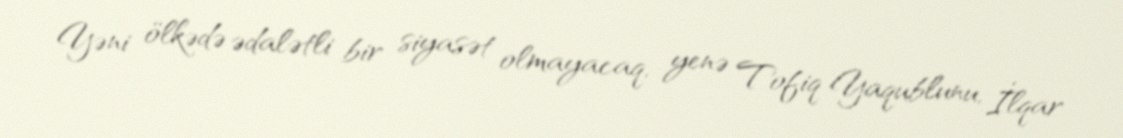
Yəni ölkədə ədalətli bir siyasət olmayacaq, yenə Tofiq Yaqublunu, İlqar